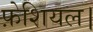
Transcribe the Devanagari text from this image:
फ़ेशियल।